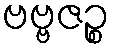
ဗဗ္ဗဇဉ္စ